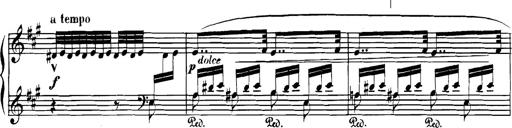
Title: Spinnerlied aus dem Fliegenden HollÃ¤nder
Composer: Franz Liszt